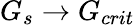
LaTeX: G_{s}\rightarrow G_{crit}